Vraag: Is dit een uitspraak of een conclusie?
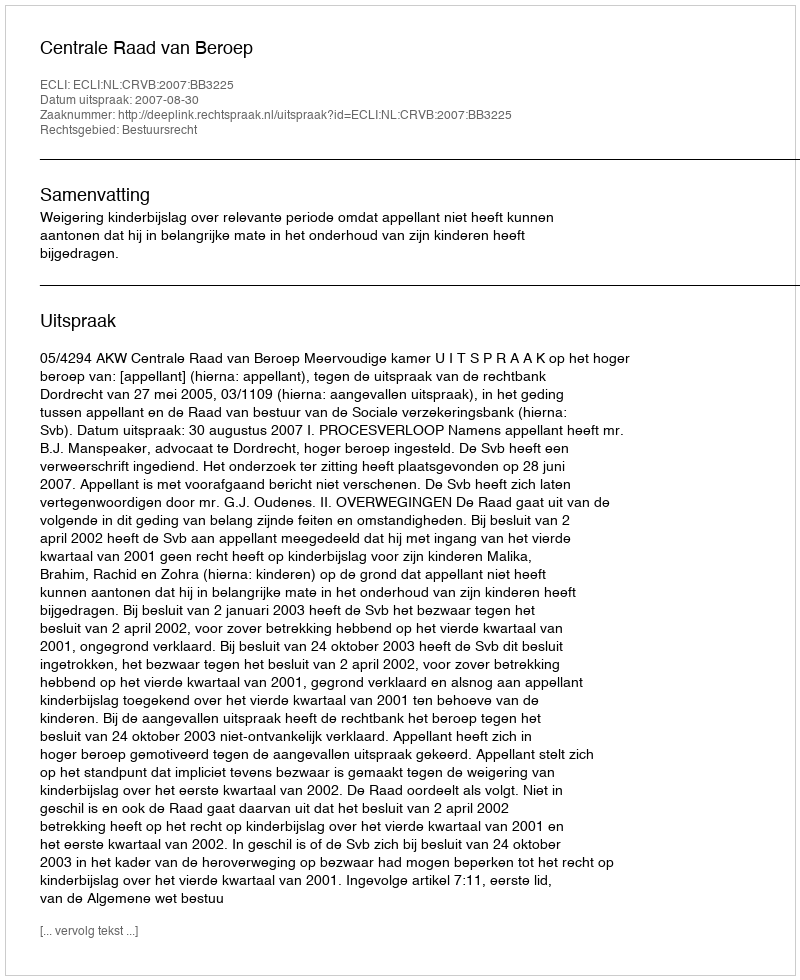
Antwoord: Uitspraak